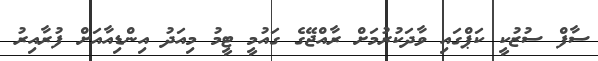
ސާފް ސުޒުކީ ކަޕްގައި ވާދަކުރުމަށް ރާއްޖޭގެ ގައުމީ ޓީމު މިއަދު އިންޑިއާއަށް ފުރާއިރު